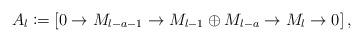
LaTeX: \begin{align*}A_l \coloneqq \left[ 0\to M_{l-a-1} \to M_{l-1} \oplus M_{l-a} \to M_l \to 0 \right],\end{align*}